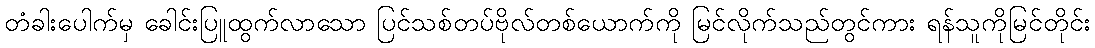
တံခါးပေါက်မှ ခေါင်းပြူထွက်လာသော ပြင်သစ်တပ်ဗိုလ်တစ်ယောက်ကို မြင်လိုက်သည်တွင်ကား ရန်သူကိုမြင်တိုင်း